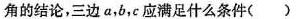
角的结论，三边a,b,c应该满足什么条件（ ）